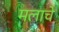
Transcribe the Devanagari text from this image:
मलाचे